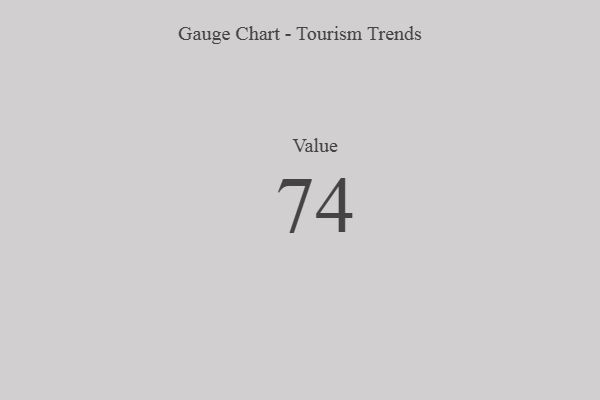
{"axis": {"x": "Metric", "y": "Value"}, "legend": [""], "data": [{"x": "Value", "y": 74, "type": ""}]}